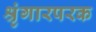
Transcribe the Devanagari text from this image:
श्रृंगारपरक